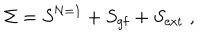
\Sigma = S ^ { \mathrm { N = 1 } } + S _ { \mathrm { g f } } + S _ { \mathrm { e x t } } \; ,